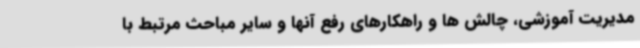
مدیریت آموزشی، چالش ها و راهکارهای رفع آنها و سایر مباحث مرتبط با